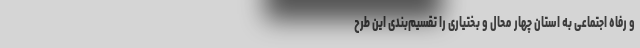
و رفاه اجتماعی به استان چهار محال و بختیاری را تقسیم‌بندی این طرح